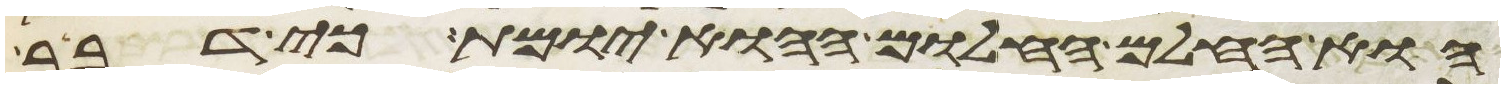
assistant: או החלם החלום ההוא יומת כי דבר